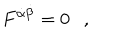
F ^ { \dot { \alpha } \dot { \beta } } = 0 \ \ \ ,